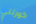
كورتني